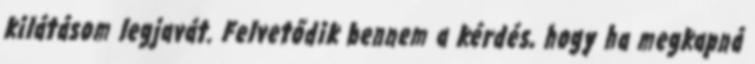
kilátásom legjavát. Felvetődik bennem a kérdés, hogy ha megkapná